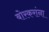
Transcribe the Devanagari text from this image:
बोरकरांना